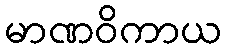
မာဏဝိကာယ